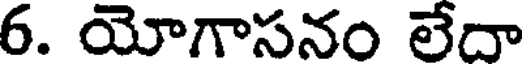
6. యోగాసనం లేదా